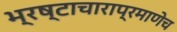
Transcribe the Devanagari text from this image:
भ्रष्टाचाराप्रमाणेच